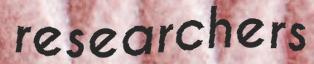
researchers